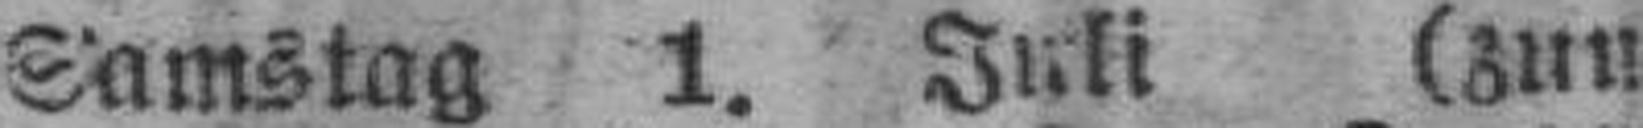
Samstag 1. Juli (zum